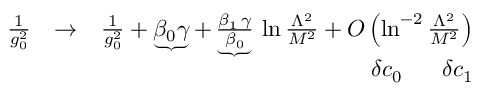
\begin{array} { r l r } { { \frac { 1 } { g _ { 0 } ^ { 2 } } } } & { \to } & { { \frac { 1 } { g _ { 0 } ^ { 2 } } } + \underbrace { \beta _ { 0 } \gamma } + \underbrace { \frac { \beta _ { 1 } \, \gamma } { \beta _ { 0 } } } \, \ln { \frac { \Lambda ^ { 2 } } { M ^ { 2 } } } + O \left( \ln ^ { - 2 } { \frac { \Lambda ^ { 2 } } { M ^ { 2 } } } \right) } \\ & { } & { \qquad \ \ \delta c _ { 0 } \quad \ \ \delta c _ { 1 } } \end{array}